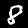
Digit: 8